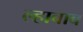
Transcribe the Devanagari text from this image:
ल्हाबाब